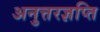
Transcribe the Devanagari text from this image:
अनुत्तरज्ञप्ति